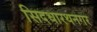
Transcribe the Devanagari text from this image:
सिदधारथनगर